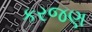
કરજણ